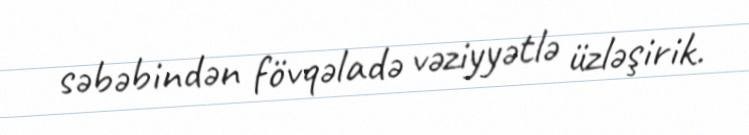
səbəbindən fövqəladə vəziyyətlə üzləşirik.